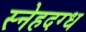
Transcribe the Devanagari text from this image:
स्नेहदग्ध